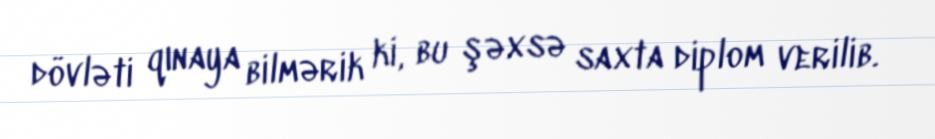
dövləti qınaya bilmərik ki, bu şəxsə saxta diplom verilib.